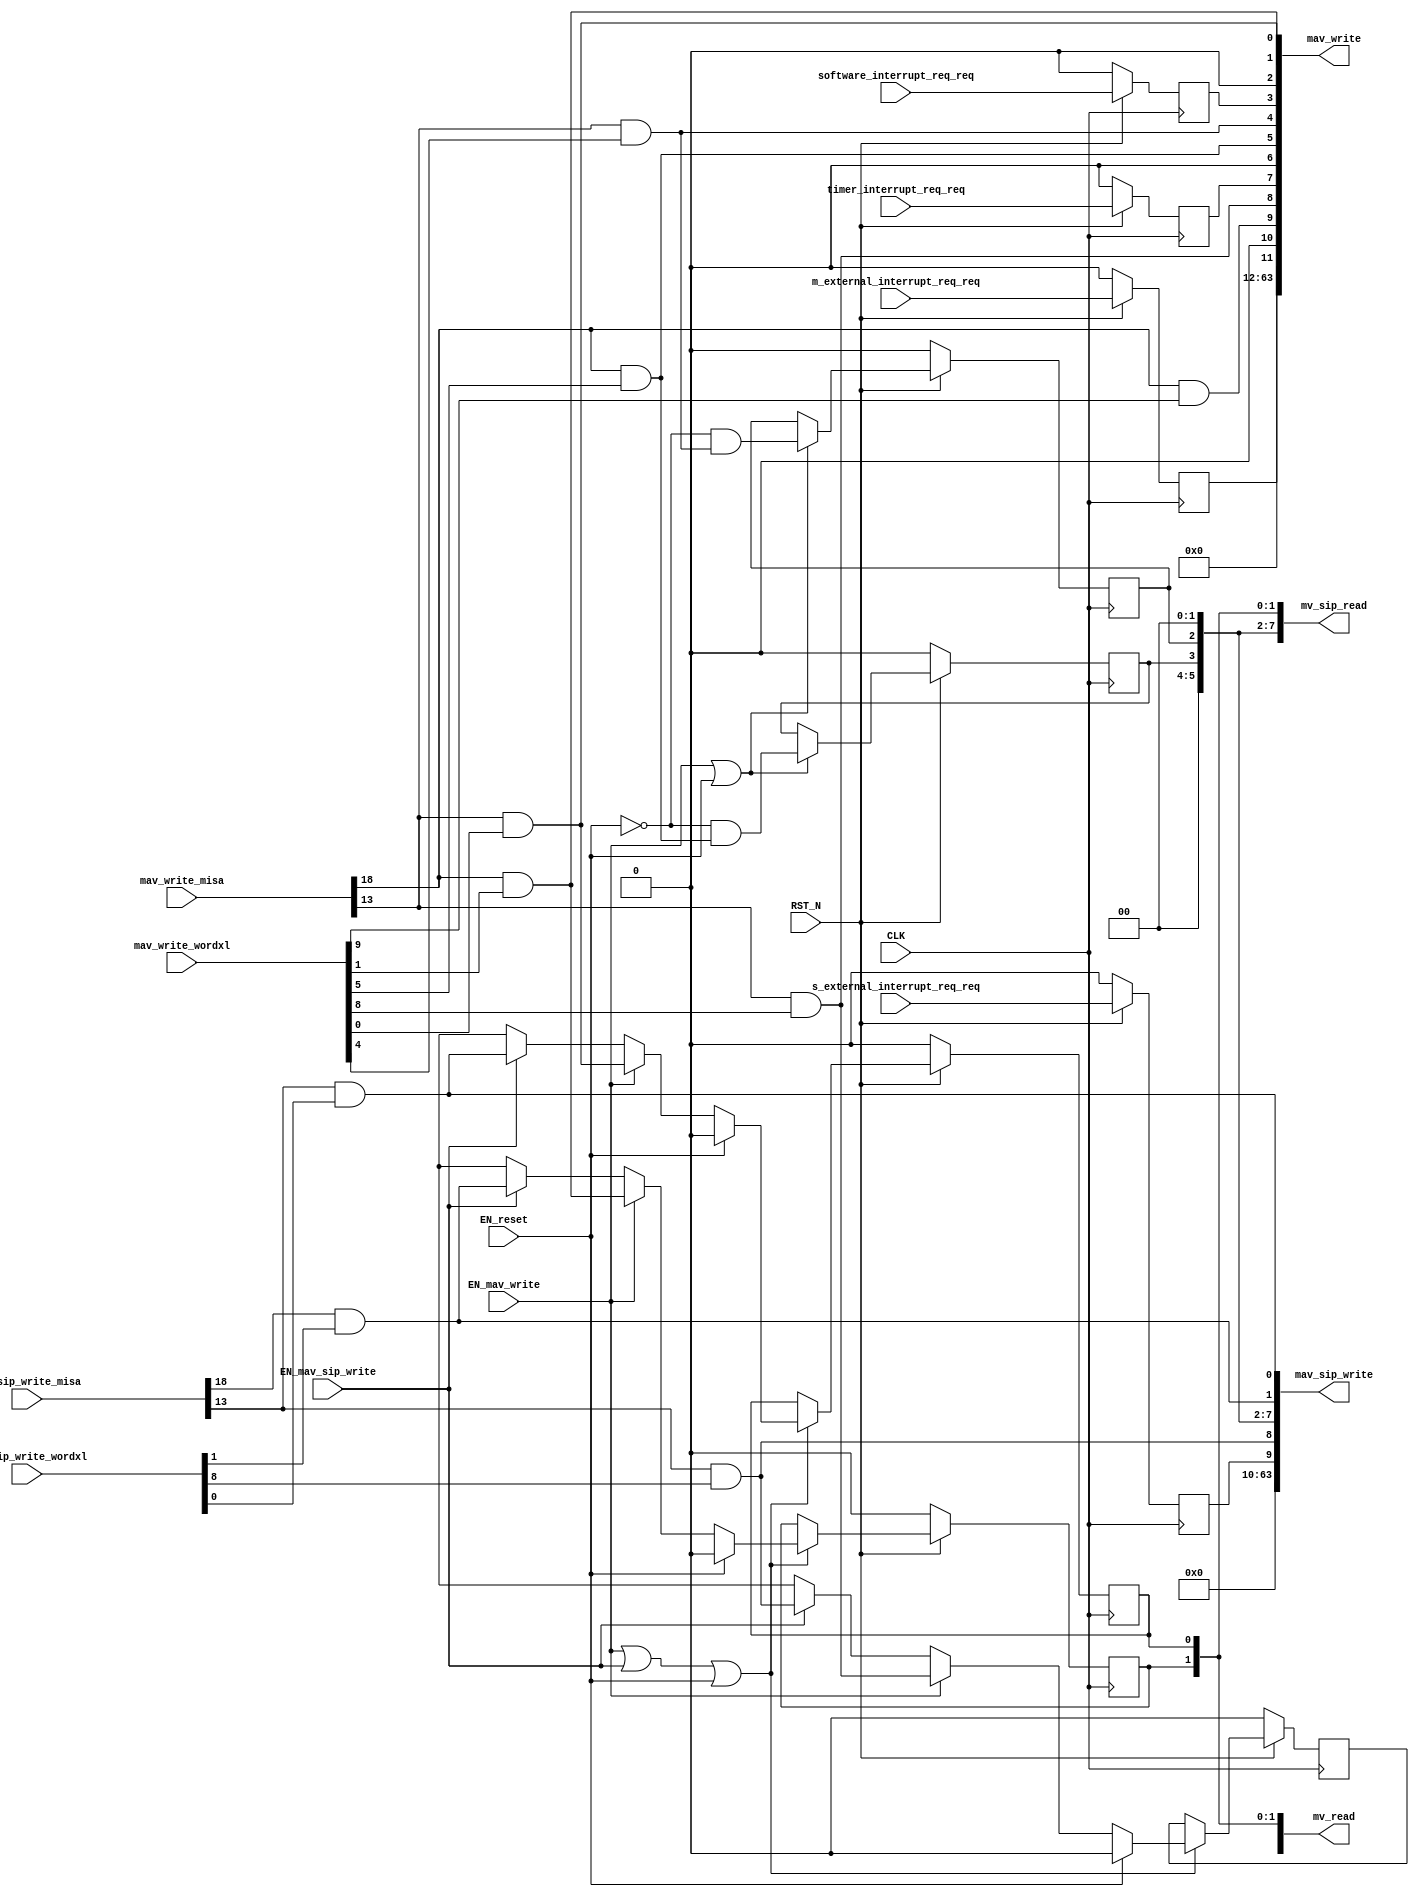
//
// Generated by Bluespec Compiler, version 2022.01 (build 066c7a8)
//
//
// Ports:
// Name                         I/O  size props
// mv_read                        O    64
// mav_write                      O    64
// mv_sip_read                    O    64
// mav_sip_write                  O    64
// CLK                            I     1 clock
// RST_N                          I     1 reset
// mav_write_misa                 I    28
// mav_write_wordxl               I    64
// mav_sip_write_misa             I    28
// mav_sip_write_wordxl           I    64
// m_external_interrupt_req_req   I     1 reg
// s_external_interrupt_req_req   I     1 reg
// software_interrupt_req_req     I     1 reg
// timer_interrupt_req_req        I     1 reg
// EN_reset                       I     1
// EN_mav_write                   I     1
// EN_mav_sip_write               I     1
//
// Combinational paths from inputs to outputs:
//   (mav_write_misa, mav_write_wordxl) -> mav_write
//   (mav_sip_write_misa, mav_sip_write_wordxl) -> mav_sip_write
//
//

`ifdef BSV_ASSIGNMENT_DELAY
`else
  `define BSV_ASSIGNMENT_DELAY
`endif

`ifdef BSV_POSITIVE_RESET
  `define BSV_RESET_VALUE 1'b1
  `define BSV_RESET_EDGE posedge
`else
  `define BSV_RESET_VALUE 1'b0
  `define BSV_RESET_EDGE negedge
`endif

module mkCSR_MIP(CLK,
		 RST_N,

		 EN_reset,

		 mv_read,

		 mav_write_misa,
		 mav_write_wordxl,
		 EN_mav_write,
		 mav_write,

		 mv_sip_read,

		 mav_sip_write_misa,
		 mav_sip_write_wordxl,
		 EN_mav_sip_write,
		 mav_sip_write,

		 m_external_interrupt_req_req,

		 s_external_interrupt_req_req,

		 software_interrupt_req_req,

		 timer_interrupt_req_req);
  input  CLK;
  input  RST_N;

  // action method reset
  input  EN_reset;

  // value method mv_read
  output [63 : 0] mv_read;

  // actionvalue method mav_write
  input  [27 : 0] mav_write_misa;
  input  [63 : 0] mav_write_wordxl;
  input  EN_mav_write;
  output [63 : 0] mav_write;

  // value method mv_sip_read
  output [63 : 0] mv_sip_read;

  // actionvalue method mav_sip_write
  input  [27 : 0] mav_sip_write_misa;
  input  [63 : 0] mav_sip_write_wordxl;
  input  EN_mav_sip_write;
  output [63 : 0] mav_sip_write;

  // action method m_external_interrupt_req
  input  m_external_interrupt_req_req;

  // action method s_external_interrupt_req
  input  s_external_interrupt_req_req;

  // action method software_interrupt_req
  input  software_interrupt_req_req;

  // action method timer_interrupt_req
  input  timer_interrupt_req_req;

  // signals for module outputs
  wire [63 : 0] mav_sip_write, mav_write, mv_read, mv_sip_read;

  // register rg_meip
  reg rg_meip;
  wire rg_meip$D_IN, rg_meip$EN;

  // register rg_msip
  reg rg_msip;
  wire rg_msip$D_IN, rg_msip$EN;

  // register rg_mtip
  reg rg_mtip;
  wire rg_mtip$D_IN, rg_mtip$EN;

  // register rg_seip
  reg rg_seip;
  wire rg_seip$D_IN, rg_seip$EN;

  // register rg_ssip
  reg rg_ssip;
  reg rg_ssip$D_IN;
  wire rg_ssip$EN;

  // register rg_stip
  reg rg_stip;
  wire rg_stip$D_IN, rg_stip$EN;

  // register rg_ueip
  reg rg_ueip;
  reg rg_ueip$D_IN;
  wire rg_ueip$EN;

  // register rg_usip
  reg rg_usip;
  reg rg_usip$D_IN;
  wire rg_usip$EN;

  // register rg_utip
  reg rg_utip;
  wire rg_utip$D_IN, rg_utip$EN;

  // rule scheduling signals
  wire CAN_FIRE_m_external_interrupt_req,
       CAN_FIRE_mav_sip_write,
       CAN_FIRE_mav_write,
       CAN_FIRE_reset,
       CAN_FIRE_s_external_interrupt_req,
       CAN_FIRE_software_interrupt_req,
       CAN_FIRE_timer_interrupt_req,
       WILL_FIRE_m_external_interrupt_req,
       WILL_FIRE_mav_sip_write,
       WILL_FIRE_mav_write,
       WILL_FIRE_reset,
       WILL_FIRE_s_external_interrupt_req,
       WILL_FIRE_software_interrupt_req,
       WILL_FIRE_timer_interrupt_req;

  // remaining internal signals
  wire [11 : 0] new_mip__h1070, new_mip__h598;
  wire seip__h632,
       ssip__h1110,
       ssip__h636,
       stip__h634,
       ueip__h1109,
       ueip__h633,
       usip__h1111,
       usip__h637,
       utip__h635;

  // action method reset
  assign CAN_FIRE_reset = 1'd1 ;
  assign WILL_FIRE_reset = EN_reset ;

  // value method mv_read
  assign mv_read = { 52'd0, new_mip__h598 } ;

  // actionvalue method mav_write
  assign mav_write = { 52'd0, new_mip__h1070 } ;
  assign CAN_FIRE_mav_write = 1'd1 ;
  assign WILL_FIRE_mav_write = EN_mav_write ;

  // value method mv_sip_read
  assign mv_sip_read =
	     { 54'd0,
	       rg_seip,
	       rg_ueip,
	       2'b0,
	       rg_stip,
	       rg_utip,
	       2'b0,
	       rg_ssip,
	       rg_usip } ;

  // actionvalue method mav_sip_write
  assign mav_sip_write =
	     { 54'd0,
	       rg_seip,
	       ueip__h1109,
	       2'b0,
	       rg_stip,
	       rg_utip,
	       2'b0,
	       ssip__h1110,
	       usip__h1111 } ;
  assign CAN_FIRE_mav_sip_write = 1'd1 ;
  assign WILL_FIRE_mav_sip_write = EN_mav_sip_write ;

  // action method m_external_interrupt_req
  assign CAN_FIRE_m_external_interrupt_req = 1'd1 ;
  assign WILL_FIRE_m_external_interrupt_req = 1'd1 ;

  // action method s_external_interrupt_req
  assign CAN_FIRE_s_external_interrupt_req = 1'd1 ;
  assign WILL_FIRE_s_external_interrupt_req = 1'd1 ;

  // action method software_interrupt_req
  assign CAN_FIRE_software_interrupt_req = 1'd1 ;
  assign WILL_FIRE_software_interrupt_req = 1'd1 ;

  // action method timer_interrupt_req
  assign CAN_FIRE_timer_interrupt_req = 1'd1 ;
  assign WILL_FIRE_timer_interrupt_req = 1'd1 ;

  // register rg_meip
  assign rg_meip$D_IN = m_external_interrupt_req_req ;
  assign rg_meip$EN = 1'b1 ;

  // register rg_msip
  assign rg_msip$D_IN = software_interrupt_req_req ;
  assign rg_msip$EN = 1'b1 ;

  // register rg_mtip
  assign rg_mtip$D_IN = timer_interrupt_req_req ;
  assign rg_mtip$EN = 1'b1 ;

  // register rg_seip
  assign rg_seip$D_IN = s_external_interrupt_req_req ;
  assign rg_seip$EN = 1'b1 ;

  // register rg_ssip
  always@(EN_reset or
	  EN_mav_write or ssip__h636 or EN_mav_sip_write or ssip__h1110)
  case (1'b1)
    EN_reset: rg_ssip$D_IN = 1'd0;
    EN_mav_write: rg_ssip$D_IN = ssip__h636;
    EN_mav_sip_write: rg_ssip$D_IN = ssip__h1110;
    default: rg_ssip$D_IN = 1'bx /* unspecified value */ ;
  endcase
  assign rg_ssip$EN = EN_mav_write || EN_mav_sip_write || EN_reset ;

  // register rg_stip
  assign rg_stip$D_IN = !EN_reset && stip__h634 ;
  assign rg_stip$EN = EN_mav_write || EN_reset ;

  // register rg_ueip
  always@(EN_reset or
	  EN_mav_write or ueip__h633 or EN_mav_sip_write or ueip__h1109)
  case (1'b1)
    EN_reset: rg_ueip$D_IN = 1'd0;
    EN_mav_write: rg_ueip$D_IN = ueip__h633;
    EN_mav_sip_write: rg_ueip$D_IN = ueip__h1109;
    default: rg_ueip$D_IN = 1'bx /* unspecified value */ ;
  endcase
  assign rg_ueip$EN = EN_mav_write || EN_mav_sip_write || EN_reset ;

  // register rg_usip
  always@(EN_reset or
	  EN_mav_write or usip__h637 or EN_mav_sip_write or usip__h1111)
  case (1'b1)
    EN_reset: rg_usip$D_IN = 1'd0;
    EN_mav_write: rg_usip$D_IN = usip__h637;
    EN_mav_sip_write: rg_usip$D_IN = usip__h1111;
    default: rg_usip$D_IN = 1'bx /* unspecified value */ ;
  endcase
  assign rg_usip$EN = EN_mav_write || EN_mav_sip_write || EN_reset ;

  // register rg_utip
  assign rg_utip$D_IN = !EN_reset && utip__h635 ;
  assign rg_utip$EN = EN_mav_write || EN_reset ;

  // remaining internal signals
  assign new_mip__h1070 =
	     { rg_meip,
	       1'b0,
	       seip__h632,
	       ueip__h633,
	       rg_mtip,
	       1'b0,
	       stip__h634,
	       utip__h635,
	       rg_msip,
	       1'b0,
	       ssip__h636,
	       usip__h637 } ;
  assign new_mip__h598 =
	     { rg_meip,
	       1'b0,
	       rg_seip,
	       rg_ueip,
	       rg_mtip,
	       1'b0,
	       rg_stip,
	       rg_utip,
	       rg_msip,
	       1'b0,
	       rg_ssip,
	       rg_usip } ;
  assign seip__h632 = mav_write_misa[18] && mav_write_wordxl[9] ;
  assign ssip__h1110 = mav_sip_write_misa[18] && mav_sip_write_wordxl[1] ;
  assign ssip__h636 = mav_write_misa[18] && mav_write_wordxl[1] ;
  assign stip__h634 = mav_write_misa[18] && mav_write_wordxl[5] ;
  assign ueip__h1109 = mav_sip_write_misa[13] && mav_sip_write_wordxl[8] ;
  assign ueip__h633 = mav_write_misa[13] && mav_write_wordxl[8] ;
  assign usip__h1111 = mav_sip_write_misa[13] && mav_sip_write_wordxl[0] ;
  assign usip__h637 = mav_write_misa[13] && mav_write_wordxl[0] ;
  assign utip__h635 = mav_write_misa[13] && mav_write_wordxl[4] ;

  // handling of inlined registers

  always@(posedge CLK)
  begin
    if (RST_N == `BSV_RESET_VALUE)
      begin
        rg_meip <= `BSV_ASSIGNMENT_DELAY 1'd0;
	rg_msip <= `BSV_ASSIGNMENT_DELAY 1'd0;
	rg_mtip <= `BSV_ASSIGNMENT_DELAY 1'd0;
	rg_seip <= `BSV_ASSIGNMENT_DELAY 1'd0;
	rg_ssip <= `BSV_ASSIGNMENT_DELAY 1'd0;
	rg_stip <= `BSV_ASSIGNMENT_DELAY 1'd0;
	rg_ueip <= `BSV_ASSIGNMENT_DELAY 1'd0;
	rg_usip <= `BSV_ASSIGNMENT_DELAY 1'd0;
	rg_utip <= `BSV_ASSIGNMENT_DELAY 1'd0;
      end
    else
      begin
        if (rg_meip$EN) rg_meip <= `BSV_ASSIGNMENT_DELAY rg_meip$D_IN;
	if (rg_msip$EN) rg_msip <= `BSV_ASSIGNMENT_DELAY rg_msip$D_IN;
	if (rg_mtip$EN) rg_mtip <= `BSV_ASSIGNMENT_DELAY rg_mtip$D_IN;
	if (rg_seip$EN) rg_seip <= `BSV_ASSIGNMENT_DELAY rg_seip$D_IN;
	if (rg_ssip$EN) rg_ssip <= `BSV_ASSIGNMENT_DELAY rg_ssip$D_IN;
	if (rg_stip$EN) rg_stip <= `BSV_ASSIGNMENT_DELAY rg_stip$D_IN;
	if (rg_ueip$EN) rg_ueip <= `BSV_ASSIGNMENT_DELAY rg_ueip$D_IN;
	if (rg_usip$EN) rg_usip <= `BSV_ASSIGNMENT_DELAY rg_usip$D_IN;
	if (rg_utip$EN) rg_utip <= `BSV_ASSIGNMENT_DELAY rg_utip$D_IN;
      end
  end

  // synopsys translate_off
  `ifdef BSV_NO_INITIAL_BLOCKS
  `else // not BSV_NO_INITIAL_BLOCKS
  initial
  begin
    rg_meip = 1'h0;
    rg_msip = 1'h0;
    rg_mtip = 1'h0;
    rg_seip = 1'h0;
    rg_ssip = 1'h0;
    rg_stip = 1'h0;
    rg_ueip = 1'h0;
    rg_usip = 1'h0;
    rg_utip = 1'h0;
  end
  `endif // BSV_NO_INITIAL_BLOCKS
  // synopsys translate_on
endmodule  // mkCSR_MIP